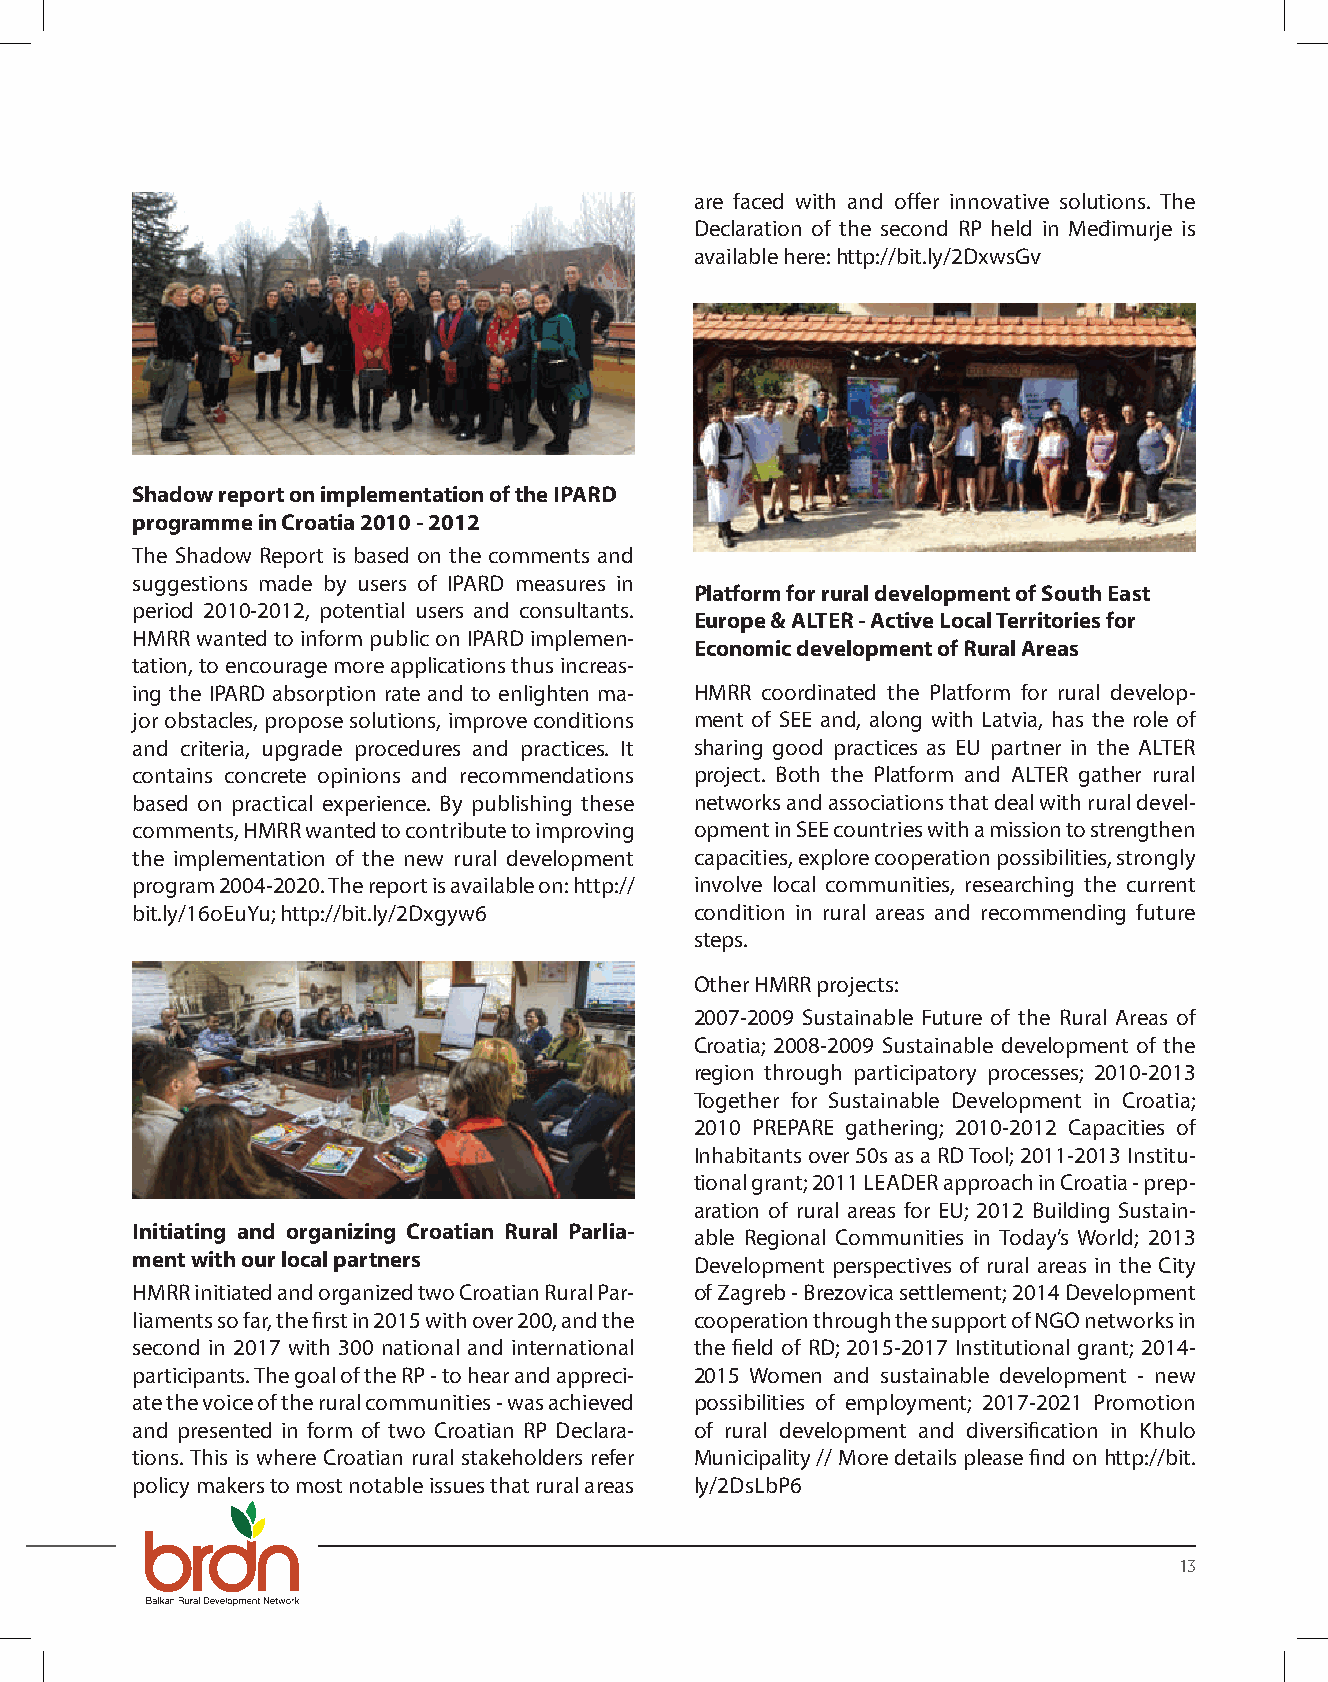
are faced with and offer innovative solutions. The
 Declaration of the second RP held in Međimurje is
 available here: http://bit.ly/2DxwsGv
 Shadow report on implementation of the IPARD
 programme in Croatia 2010 - 2012
 The Shadow Report is based on the comments and
 suggestions made by users of IPARD measures in
 Platform for rural development of South East
 period 2010-2012, potential users and consultants.
 Europe & ALTER - Active Local Territories for
 HMRR wanted to inform public on IPARD implemen-
 Economic development of Rural Areas
 tation, to encourage more applications thus increas-
 ing the IPARD absorption rate and to enlighten ma- HMRR coordinated the Platform for rural develop-
 jor obstacles, propose solutions, improve conditions ment of SEE and, along with Latvia, has the role of
 and criteria, upgrade procedures and practices. It sharing good practices as EU partner in the ALTER
 contains concrete opinions and recommendations project. Both the Platform and ALTER gather rural
 based on practical experience. By publishing these networks and associations that deal with rural devel-
 comments, HMRR wanted to contribute to improving opment in SEE countries with a mission to strengthen
 the implementation of the new rural development capacities, explore cooperation possibilities, strongly
 program 2004-2020. The report is available on: http:// involve local communities, researching the current
 bit.ly/16oEuYu; http://bit.ly/2Dxgyw6 condition in rural areas and recommending future
 steps.
 Other HMRR projects:
 2007-2009 Sustainable Future of the Rural Areas of
 Croatia; 2008-2009 Sustainable development of the
 region through participatory processes; 2010-2013
 Together for Sustainable Development in Croatia;
 2010 PREPARE gathering; 2010-2012 Capacities of
 Inhabitants over 50s as a RD Tool; 2011-2013 Institu-
 tional grant; 2011 LEADER approach in Croatia - prep-
 aration of rural areas for EU; 2012 Building Sustain-
 Initiating and organizing Croatian Rural Parlia- able Regional Communities in Today’s World; 2013
 ment with our local partners         Development perspectives of rural areas in the City
 HMRR initiated and organized two Croatian Rural Par- of Zagreb - Brezovica settlement; 2014 Development
 liaments so far, the first in 2015 with over 200, and the cooperation through the support of NGO networks in
 second in 2017 with 300 national and international the field of RD; 2015-2017 Institutional grant; 2014-
 participants. The goal of the RP - to hear and appreci- 2015 Women and sustainable development - new
 ate the voice of the rural communities - was achieved possibilities of employment; 2017-2021 Promotion
 and presented in form of two Croatian RP Declara- of rural development and diversification in Khulo
 tions. This is where Croatian rural stakeholders refer Municipality // More details please find on http://bit.
 policy makers to most notable issues that rural areas ly/2DsLbP6
 13